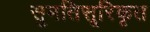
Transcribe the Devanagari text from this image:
सुमतिसूरिकृत